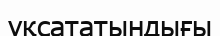
үқсататындығы